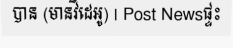
បាន (មានវីដេអូ) | Post Newsផ្ទះ